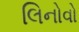
લિનોવો